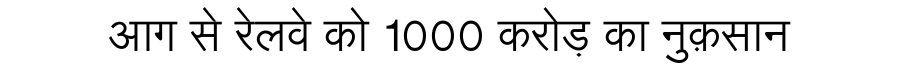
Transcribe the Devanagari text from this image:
आग से रेलवे को 1000 करोड़ का नुक़सान